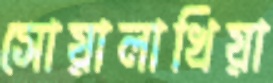
সোয়ালাখিয়া